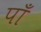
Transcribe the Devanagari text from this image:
पाँ